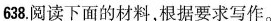
638.阅读下面的材料，根据要求写作。